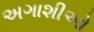
અગાશીઓ